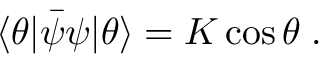
\langle \theta | \bar { \psi } \psi | \theta \rangle = K \cos \theta \; .